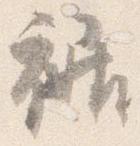
裾